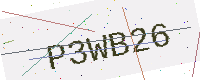
Text: P3WB26